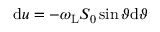
\mathrm { d } u = - \omega _ { \mathrm { L } } S _ { 0 } \sin \vartheta \mathrm { d } \vartheta